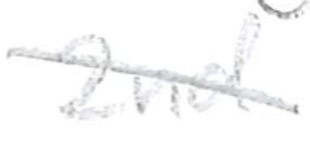
Text: 2nd
Cross-out: diagonal
Writing tool: pencil